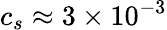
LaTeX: c_{s}\approx 3\times 10^{-3}